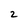
Character: 2